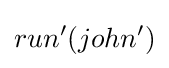
run'(john')